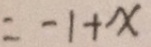
= - 1 + x